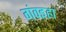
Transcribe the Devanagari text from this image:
गंवइहा